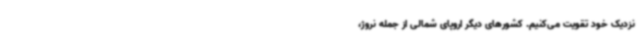
نزدیک خود تقویت می‌کنیم. کشورهای دیگر اروپای شمالی از جمله نروژ،